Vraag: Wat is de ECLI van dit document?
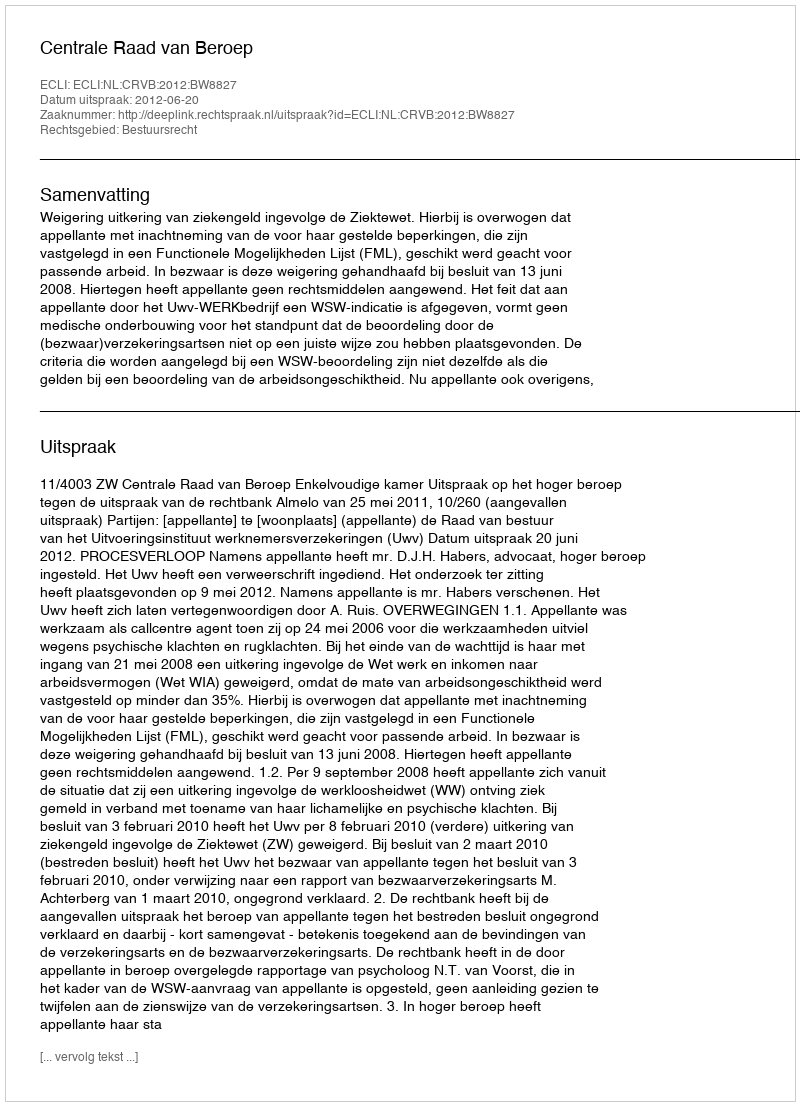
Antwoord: ECLI:NL:CRVB:2012:BW8827